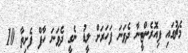
މެޗުގައި ފިއޮރެންޓީނާ ދެވަނަ ފަހަރަށް ލީޑު ނެގީ ދެވަނަ ހާފް ފެށިތާ 10